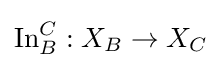
\operatorname {In} _{B}^{C}:X_{B}\to X_{C}